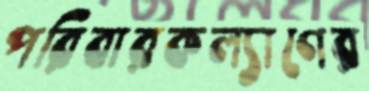
পরিবারকল্যাণের